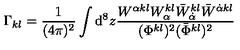
\Gamma _ { k l } = \frac { 1 } { ( 4 \pi ) ^ { 2 } } \int \mathrm { d } ^ { 8 } z \frac { W ^ { \alpha k l } W _ { \alpha } ^ { k l } \bar { W } _ { \dot { \alpha } } ^ { k l } \bar { W } ^ { \dot { \alpha } k l } } { ( \Phi ^ { k l } ) ^ { 2 } ( \bar { \Phi } ^ { k l } ) ^ { 2 } }